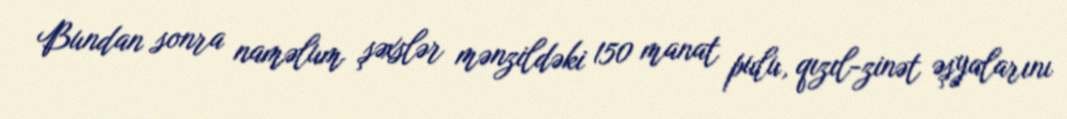
Bundan sonra naməlum şəxslər mənzildəki 150 manat pulu, qızıl-zinət əşyalarını